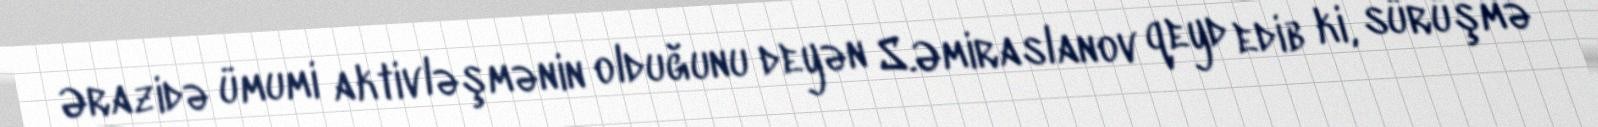
Ərazidə ümumi aktivləşmənin olduğunu deyən S.Əmiraslanov qeyd edib ki, sürüşmə